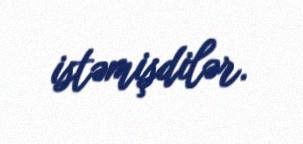
istəmişdilər.